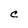
Character: C